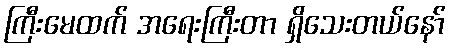
ကြီးမေထက် အရေးကြီးတာ ရှိသေးတယ်နော်